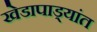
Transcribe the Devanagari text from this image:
खेडापाड्यांत